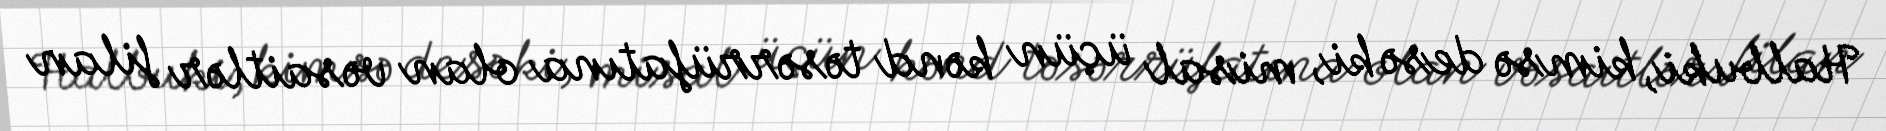
Halbuki, kimsə desə ki, misal üçün kənd təsərrüfatına olan vəsaitlər filan